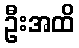
ဦးအထိ